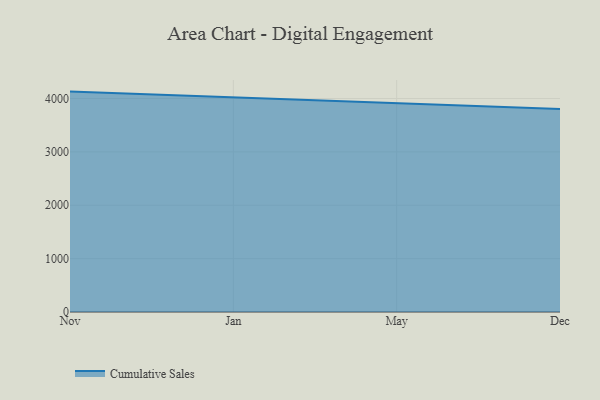
{"axis": {"x": "Month", "y": "Website Visitors"}, "legend": ["Cumulative Sales"], "data": [{"x": "Nov", "y": 4129.3, "type": "Cumulative Sales"}, {"x": "Jan", "y": 4024.0, "type": "Cumulative Sales"}, {"x": "May", "y": 3915.9, "type": "Cumulative Sales"}, {"x": "Dec", "y": 3802.9, "type": "Cumulative Sales"}]}